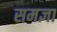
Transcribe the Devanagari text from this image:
समज्ञा